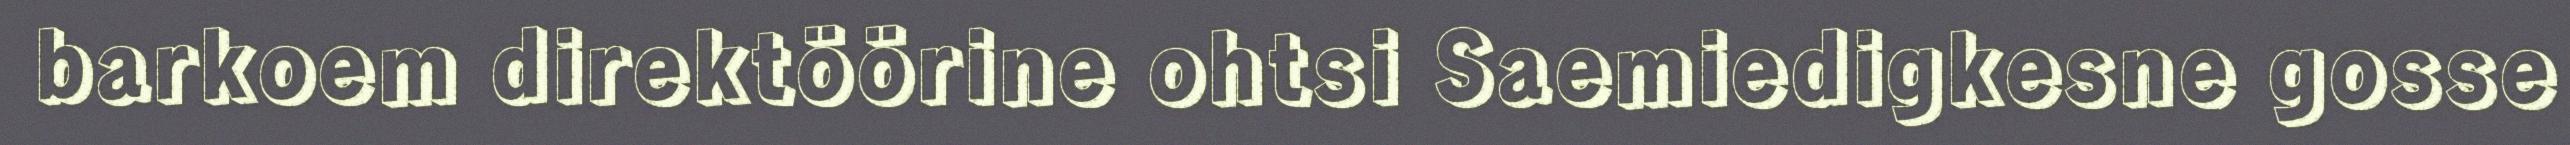
barkoem direktöörine ohtsi Saemiedigkesne gosse